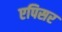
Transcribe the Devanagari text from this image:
एपिसर